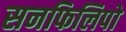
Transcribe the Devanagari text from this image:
सनफिलिपो